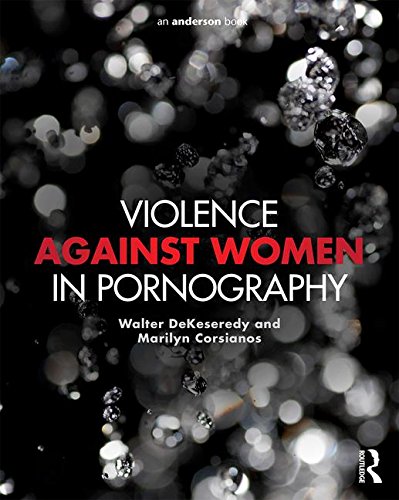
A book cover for Violence against Women in Pornography; Walter S. DeKeseredy; Politics & Social Sciences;